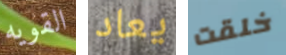
القويه يعاد خلقت